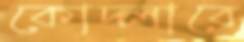
কোদ্‌লাবে